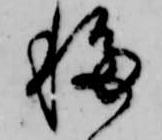
移